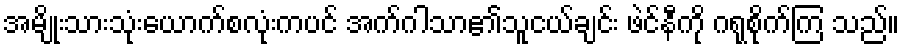
အမျိုးသားသုံးယောက်စလုံးကပင် အက်ဂါသာ၏သူငယ်ချင်း ဖဲင်နီကို ဂရုစိုက်ကြ သည်။